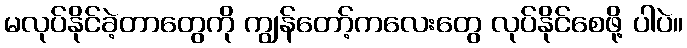
မလုပ်နိုင်ခဲ့တာတွေကို ကျွန်တော့်ကလေးတွေ လုပ်နိုင်စေဖို့ ပါပဲ။